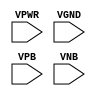
module sky130_fd_sc_ms__tapvgnd (
    VPWR,
    VGND,
    VPB ,
    VNB
);

    input VPWR;
    input VGND;
    input VPB ;
    input VNB ;
endmodule